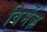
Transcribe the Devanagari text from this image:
विमेंज़